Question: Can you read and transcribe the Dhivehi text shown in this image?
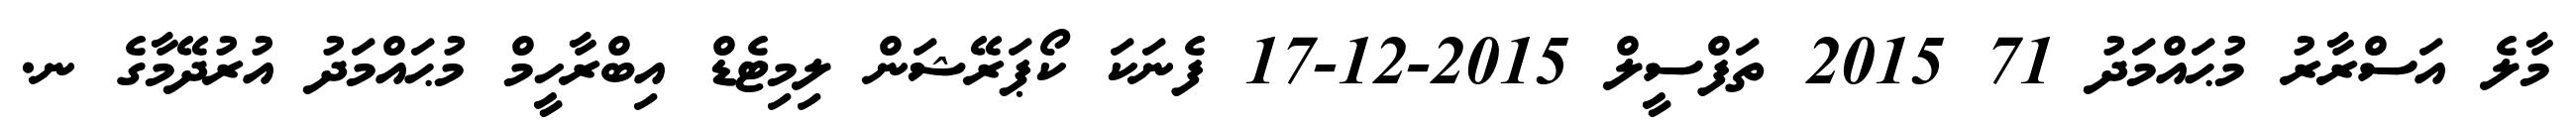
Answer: މާލެ އަސްރާރު މުޙައްމަދު 71 2015 ތަފްސީލް 2015-12-17 ފެނަކަ ކޯޕަރޭޝަން ލިމިޓެޑް އިބްރާހީމް މުޙައްމަދު އުރުދޭމާގެ ނ.